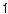
1